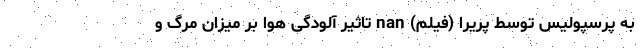
به پرسپولیس توسط‌ پریرا (فیلم) nan تاثیر آلودگی هوا بر میزان مرگ و